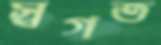
স্বগত